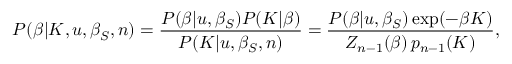
P ( \beta | K , u , \beta _ { S } , n ) = \frac { P ( \beta | u , \beta _ { S } ) P ( K | \beta ) } { P ( K | u , \beta _ { S } , n ) } = \frac { P ( \beta | u , \beta _ { S } ) \exp ( - \beta K ) } { Z _ { n - 1 } ( \beta ) \, p _ { n - 1 } ( K ) } ,